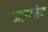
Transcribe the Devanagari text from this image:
जाय्स्तेव